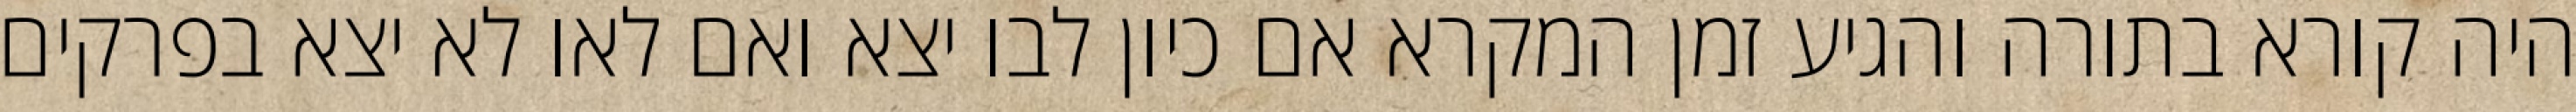
היה קורא בתורה והגיע זמן המקרא אם כיון לבו יצא ואם לאו לא יצא בפרקים